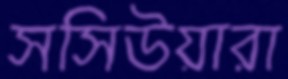
সসিউয়ারা